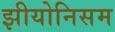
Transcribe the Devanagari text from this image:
झीयोनिसम